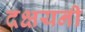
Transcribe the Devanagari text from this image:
दक्षयनी